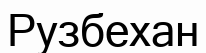
Рузбехан